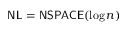
{ \mathsf { N L } } = { \mathsf { N S P A C E } } ( \log n )